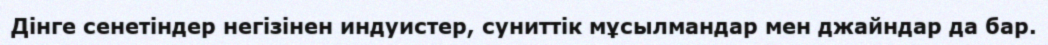
Дінге сенетіндер негізінен индуистер, суниттік мұсылмандар мен джайндар да бар.